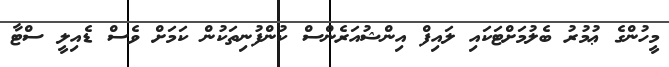
މީހުންގެ ޢުމުރު ބެލުމަށްޓަކައި ލައިފް އިންޝުއަރެންސް ކުންފުނިތަކުން ކަމަށް ވެސް ޑެއިލީ ސްޓާ